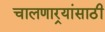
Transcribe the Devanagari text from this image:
चालणार्‍यांसाठी